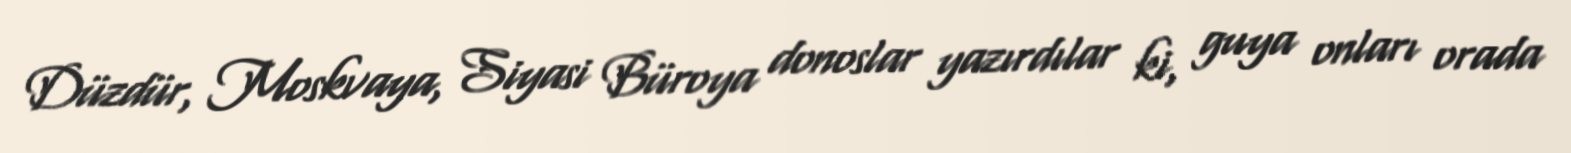
Düzdür, Moskvaya, Siyasi Büroya donoslar yazırdılar ki, guya onları orada